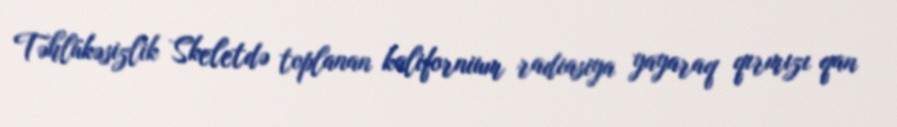
Təhlükəsizlik Skeletdə toplanan kalifornium radiasiya yayaraq qırmızı qan